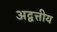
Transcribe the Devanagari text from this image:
अद्वत्तीय